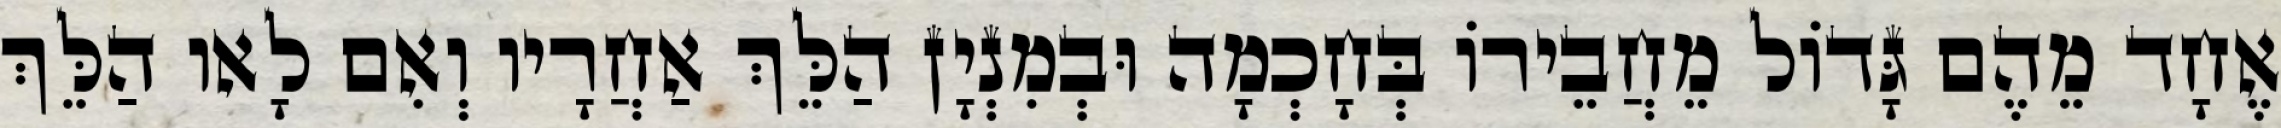
אֶחָד מֵהֶם גָּדוֹל מֵחֲבֵירוֹ בְּחָכְמָה וּבְמִנְיָן הַלֵּךְ אַחֲרָיו וְאִם לָאו הַלֵּךְ